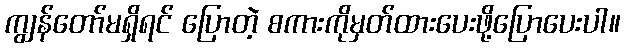
ကျွန်တော်မရှိရင် ပြောတဲ့ စကားကိုမှတ်ထားပေးဖို့ပြောပေးပါ။